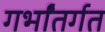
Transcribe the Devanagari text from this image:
गर्भांतर्गत